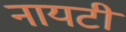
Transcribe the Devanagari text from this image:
नायटी